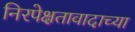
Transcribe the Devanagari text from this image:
निरपेक्षतावादाच्या